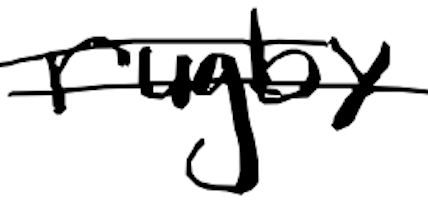
Text: rugby
Cross-out: double-line
Writing tool: digital_black